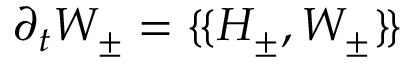
\partial _ { t } W _ { \pm } = \{ \! \{ H _ { \pm } , W _ { \pm } \} \! \}